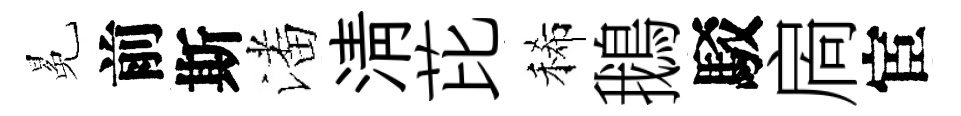
冕前斯潘淸芘稀鵝駁扄宦